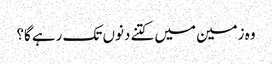
وہ زمین میں کتنے دنوں تک رہے گا؟